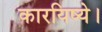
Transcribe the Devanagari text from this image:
कारयिष्ये।